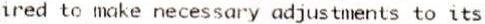
IRED TO MAKE NECESSARY ADJUSTMENTS TO ITS